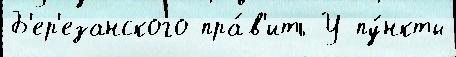
Б'ер'езанского пра́в'ить У пу́нкты